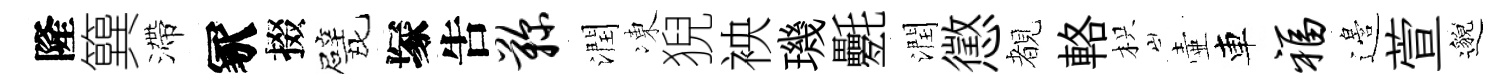
隆簨滯冢掇戏塚吿鞠潤凍猊䘧璣氎潤懲覩輅枳壷車福邉萱邈